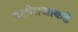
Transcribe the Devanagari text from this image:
बलीराजाकडे